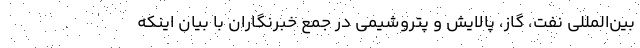
بین‌المللی نفت، گاز، پالایش و پتروشیمی در جمع خبرنگاران با بیان اینکه